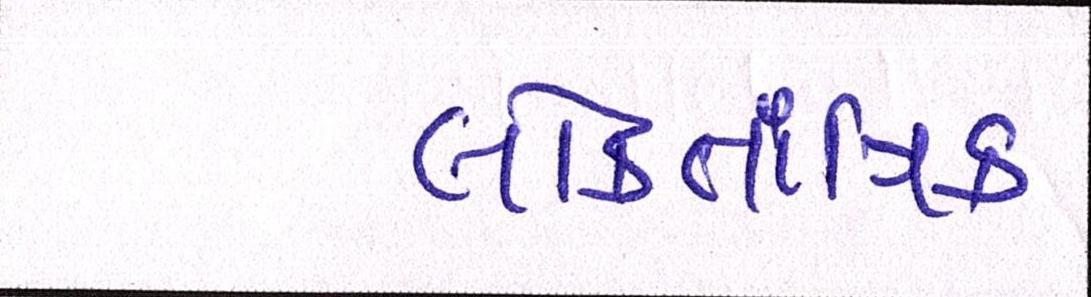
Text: લોકતાંત્રિક